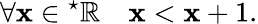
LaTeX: \forall\mathbf{x}\in{}^{\star}\mathbb{{R}}\quad\mathbf{x}<\mathbf{x}+1.